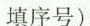
填序号).